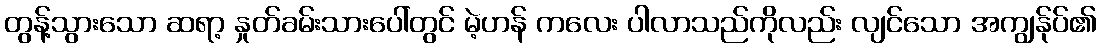
တွန့်သွားသော ဆရာ့ နှုတ်ခမ်းသားပေါ်တွင် မဲ့ဟန် ကလေး ပါလာသည်ကိုလည်း လျင်သော အကျွန်ုပ်၏